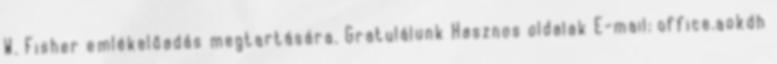
W. Fisher emlékelőadás megtartására. Gratulálunk Hasznos oldalak E-mail: office.aokdh